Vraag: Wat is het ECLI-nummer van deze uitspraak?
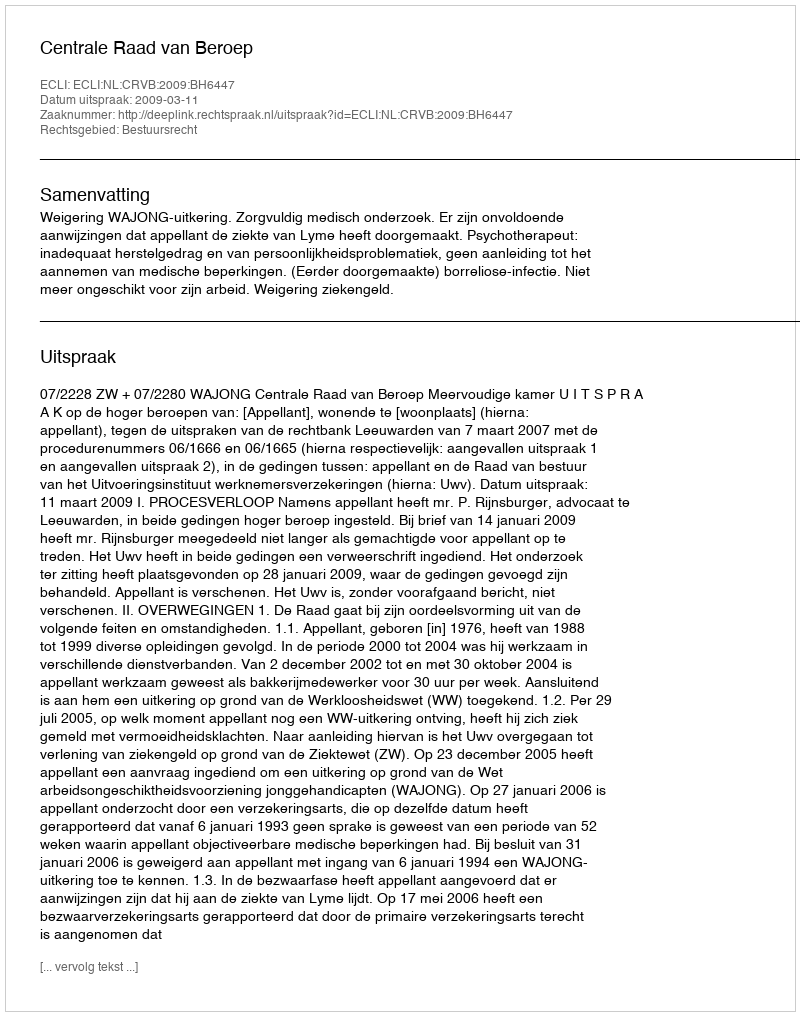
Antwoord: ECLI:NL:CRVB:2009:BH6447